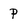
Character: p